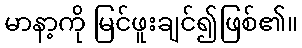
မာနာ့ကို မြင်ဖူးချင်၍ဖြစ်၏။